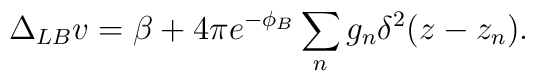
\Delta_{LB} v = \beta + 4 \pi e^{-\phi_B}\sum_n g_n \delta^2(z-z_n).